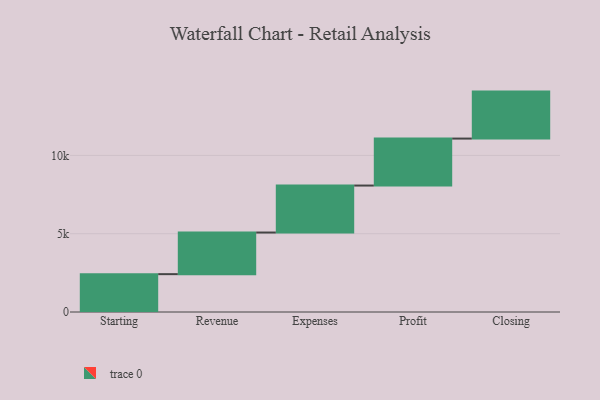
{"axis": {"x": "Step", "y": "Value"}, "legend": [""], "data": [{"x": "Starting", "y": 2417.0, "type": ""}, {"x": "Revenue", "y": 2658.0, "type": ""}, {"x": "Expenses", "y": 3000, "type": ""}, {"x": "Profit", "y": 3000, "type": ""}, {"x": "Closing", "y": 3000, "type": ""}]}